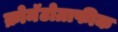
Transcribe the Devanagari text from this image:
क्रोमॅटोग्राफीक